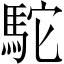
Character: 駝